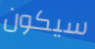
سيكون